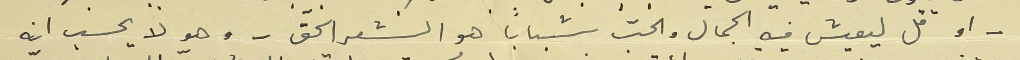
- او قل ليعيش فيه الجمال والحبّ شباباً هو الشعر الحقّ- وهو لا  يحسب انه